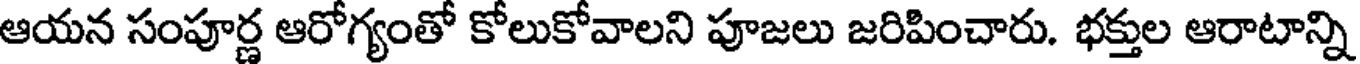
ఆయన సంపూర్ణ ఆరోగ్యంతో కోలుకోవాలని పూజలు జరిపించారు. భక్తుల ఆరాటాన్ని